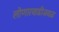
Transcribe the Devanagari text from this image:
लोणारवाडीजवळ